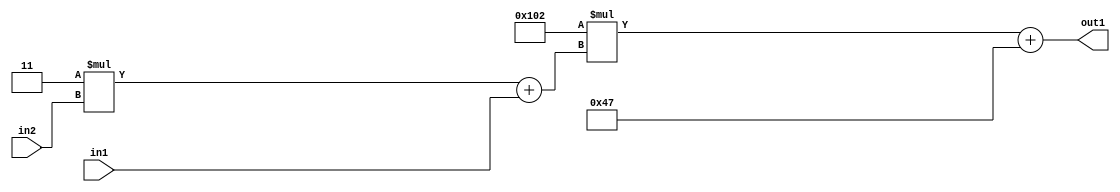
`timescale 1ps / 1ps
/*****************************************************************************
    Verilog RTL Description
    
    
    Created by: Stratus DpOpt 2019.1.01 
*******************************************************************************/

module DC_Filter_Add2i71Mul2i258Add2u1Mul2i3u2_4 (
	in2,
	in1,
	out1
	); /* architecture "behavioural" */ 
input [1:0] in2;
input  in1;
output [11:0] out1;
wire [11:0] asc001;
wire [3:0] asc002;

wire [3:0] asc002_tmp_0;
assign asc002_tmp_0 = 
	+(4'B0011 * in2);
assign asc002 = asc002_tmp_0
	+(in1);

wire [11:0] asc001_tmp_1;
assign asc001_tmp_1 = 
	+(12'B000100000010 * asc002);
assign asc001 = asc001_tmp_1
	+(12'B000001000111);

assign out1 = asc001;
endmodule

/* CADENCE  v7b0SQw= : u9/ySgnWtBlWxVPRXgAZ4Og= ** DO NOT EDIT THIS LINE ******/